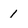
Character: 1